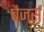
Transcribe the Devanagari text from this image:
बैजर्स